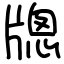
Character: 牕